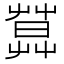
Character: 𦶛